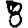
Digit: 8